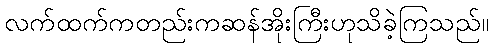
လက်ထက်ကတည်းကဆန်အိုးကြီးဟုသိခဲ့ကြသည်။